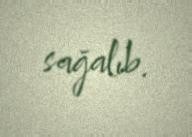
sağalıb.